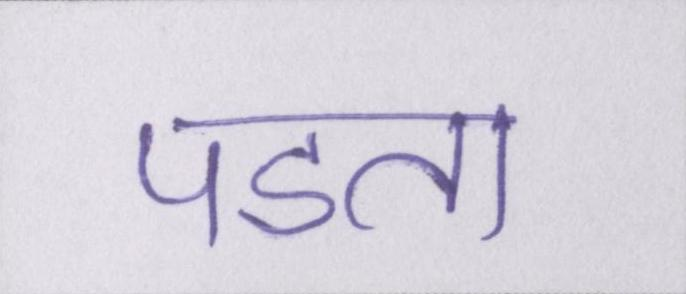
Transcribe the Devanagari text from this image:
पडता